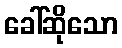
ခေါ်ဆိုသော